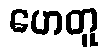
ဟေတူ